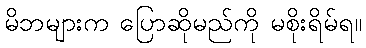
မိဘများက ပြောဆိုမည်ကို မစိုးရိမ်ရ။